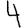
Digit: 4